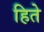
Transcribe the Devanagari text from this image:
हिते